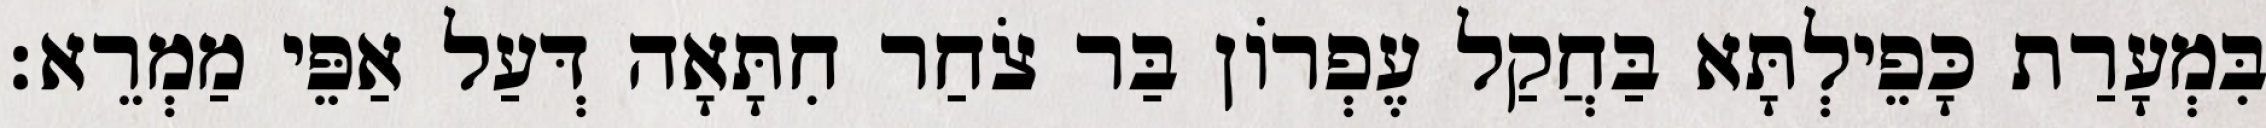
בִּמְעָרַת כָּפֵילְתָּא בַּחֲקַל עֶפְרוֹן בַּר צֹחַר חִתָּאָה דְּעַל אַפֵּי מַמְרֵא׃